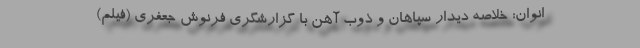
انوان: خلاصه دیدار سپاهان و ذوب آهن با گزارشگری فرنوش جعفری (فیلم)